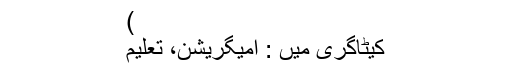
)
کیٹاگری میں : امیگریشن، تعلیم